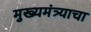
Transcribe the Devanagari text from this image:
मुख्यमंत्र्याचा